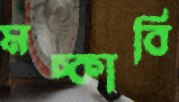
মচ্‌কাবি